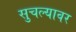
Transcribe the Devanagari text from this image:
सुचल्यावर